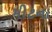
મીટના